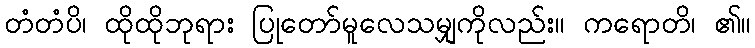
တံတံပိ၊ ထိုထိုဘုရား ပြုတော်မူလေသမျှကိုလည်း။ ကရောတိ၊ ၏။